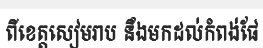
ពីខេត្តសៀមរាប នឹងមកដល់កំពង់ផែ